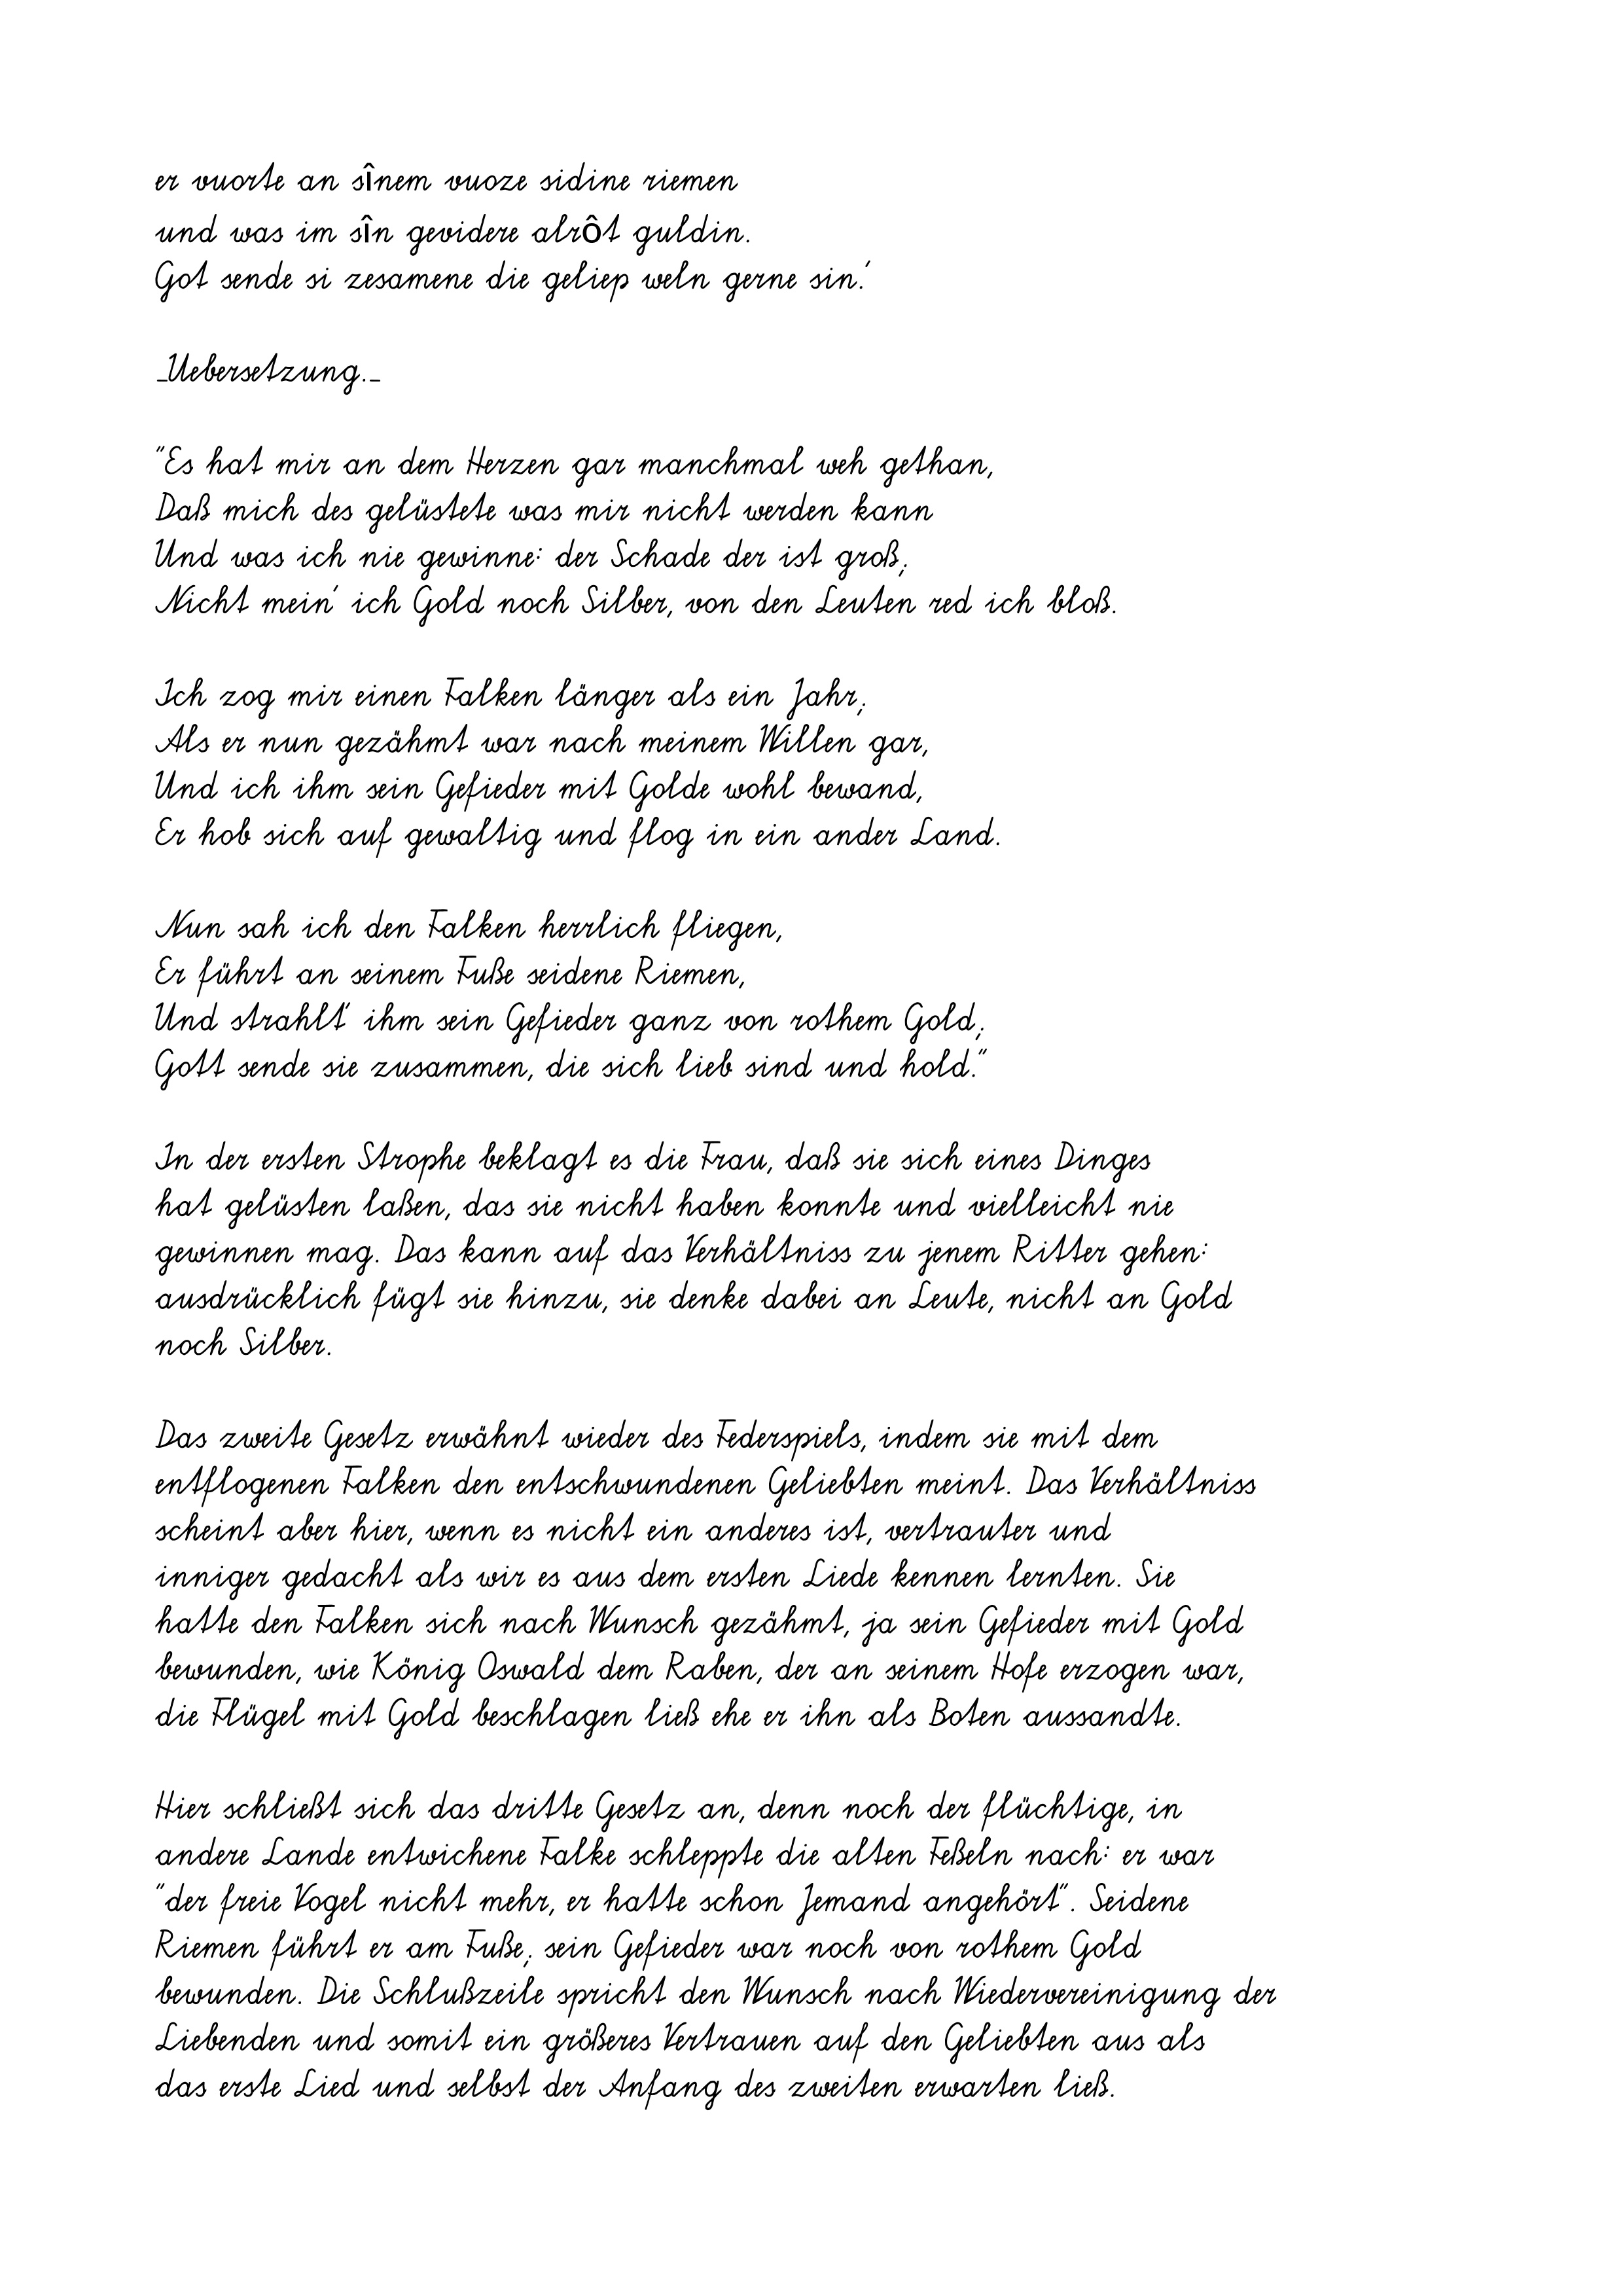
er vuorte an sînem vuoze sidine riemen
und was im sîn gevidere alrôt guldin.
Got sende si zesamene die geliep weln gerne sin.'
_Uebersetzung._
"Es hat mir an dem Herzen gar manchmal weh gethan,
Daß mich des gelüstete was mir nicht werden kann
Und was ich nie gewinne: der Schade der ist groß;
Nicht mein' ich Gold noch Silber, von den Leuten red ich bloß.
Ich zog mir einen Falken länger als ein Jahr;
Als er nun gezähmt war nach meinem Willen gar,
Und ich ihm sein Gefieder mit Golde wohl bewand,
Er hob sich auf gewaltig und flog in ein ander Land.
Nun sah ich den Falken herrlich fliegen,
Er führt an seinem Fuße seidene Riemen,
Und strahlt' ihm sein Gefieder ganz von rothem Gold;
Gott sende sie zusammen, die sich lieb sind und hold."
In der ersten Strophe beklagt es die Frau, daß sie sich eines Dinges
hat gelüsten laßen, das sie nicht haben konnte und vielleicht nie
gewinnen mag. Das kann auf das Verhältniss zu jenem Ritter gehen:
ausdrücklich fügt sie hinzu, sie denke dabei an Leute, nicht an Gold
noch Silber.
Das zweite Gesetz erwähnt wieder des Federspiels, indem sie mit dem
entflogenen Falken den entschwundenen Geliebten meint. Das Verhältniss
scheint aber hier, wenn es nicht ein anderes ist, vertrauter und
inniger gedacht als wir es aus dem ersten Liede kennen lernten. Sie
hatte den Falken sich nach Wunsch gezähmt, ja sein Gefieder mit Gold
bewunden, wie König Oswald dem Raben, der an seinem Hofe erzogen war,
die Flügel mit Gold beschlagen ließ ehe er ihn als Boten aussandte.
Hier schließt sich das dritte Gesetz an, denn noch der flüchtige, in
andere Lande entwichene Falke schleppte die alten Feßeln nach: er war
"der freie Vogel nicht mehr, er hatte schon Jemand angehört". Seidene
Riemen führt er am Fuße; sein Gefieder war noch von rothem Gold
bewunden. Die Schlußzeile spricht den Wunsch nach Wiedervereinigung der
Liebenden und somit ein größeres Vertrauen auf den Geliebten aus als
das erste Lied und selbst der Anfang des zweiten erwarten ließ.